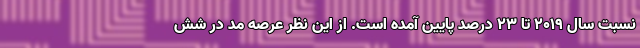
نسبت سال ۲۰۱۹ تا ۲۳ درصد پایین آمده است. از این نظر عرصه مد در شش